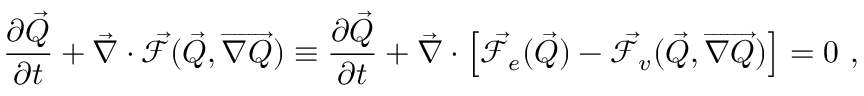
\frac { \partial \vec { Q } } { \partial t } + \vec { \nabla } \cdot \vec { \mathcal { F } } ( \vec { Q } , \overrightarrow { \nabla Q } ) \equiv \frac { \partial \vec { Q } } { \partial t } + \vec { \nabla } \cdot \left[ \vec { \mathcal { F } } _ { e } ( \vec { Q } ) - \vec { \mathcal { F } } _ { v } ( \vec { Q } , \overrightarrow { \nabla Q } ) \right] = 0 \mathrm { ~ , ~ }